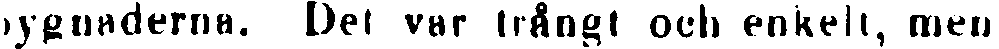
bygnaderna. Det var trångt och enkelt, men